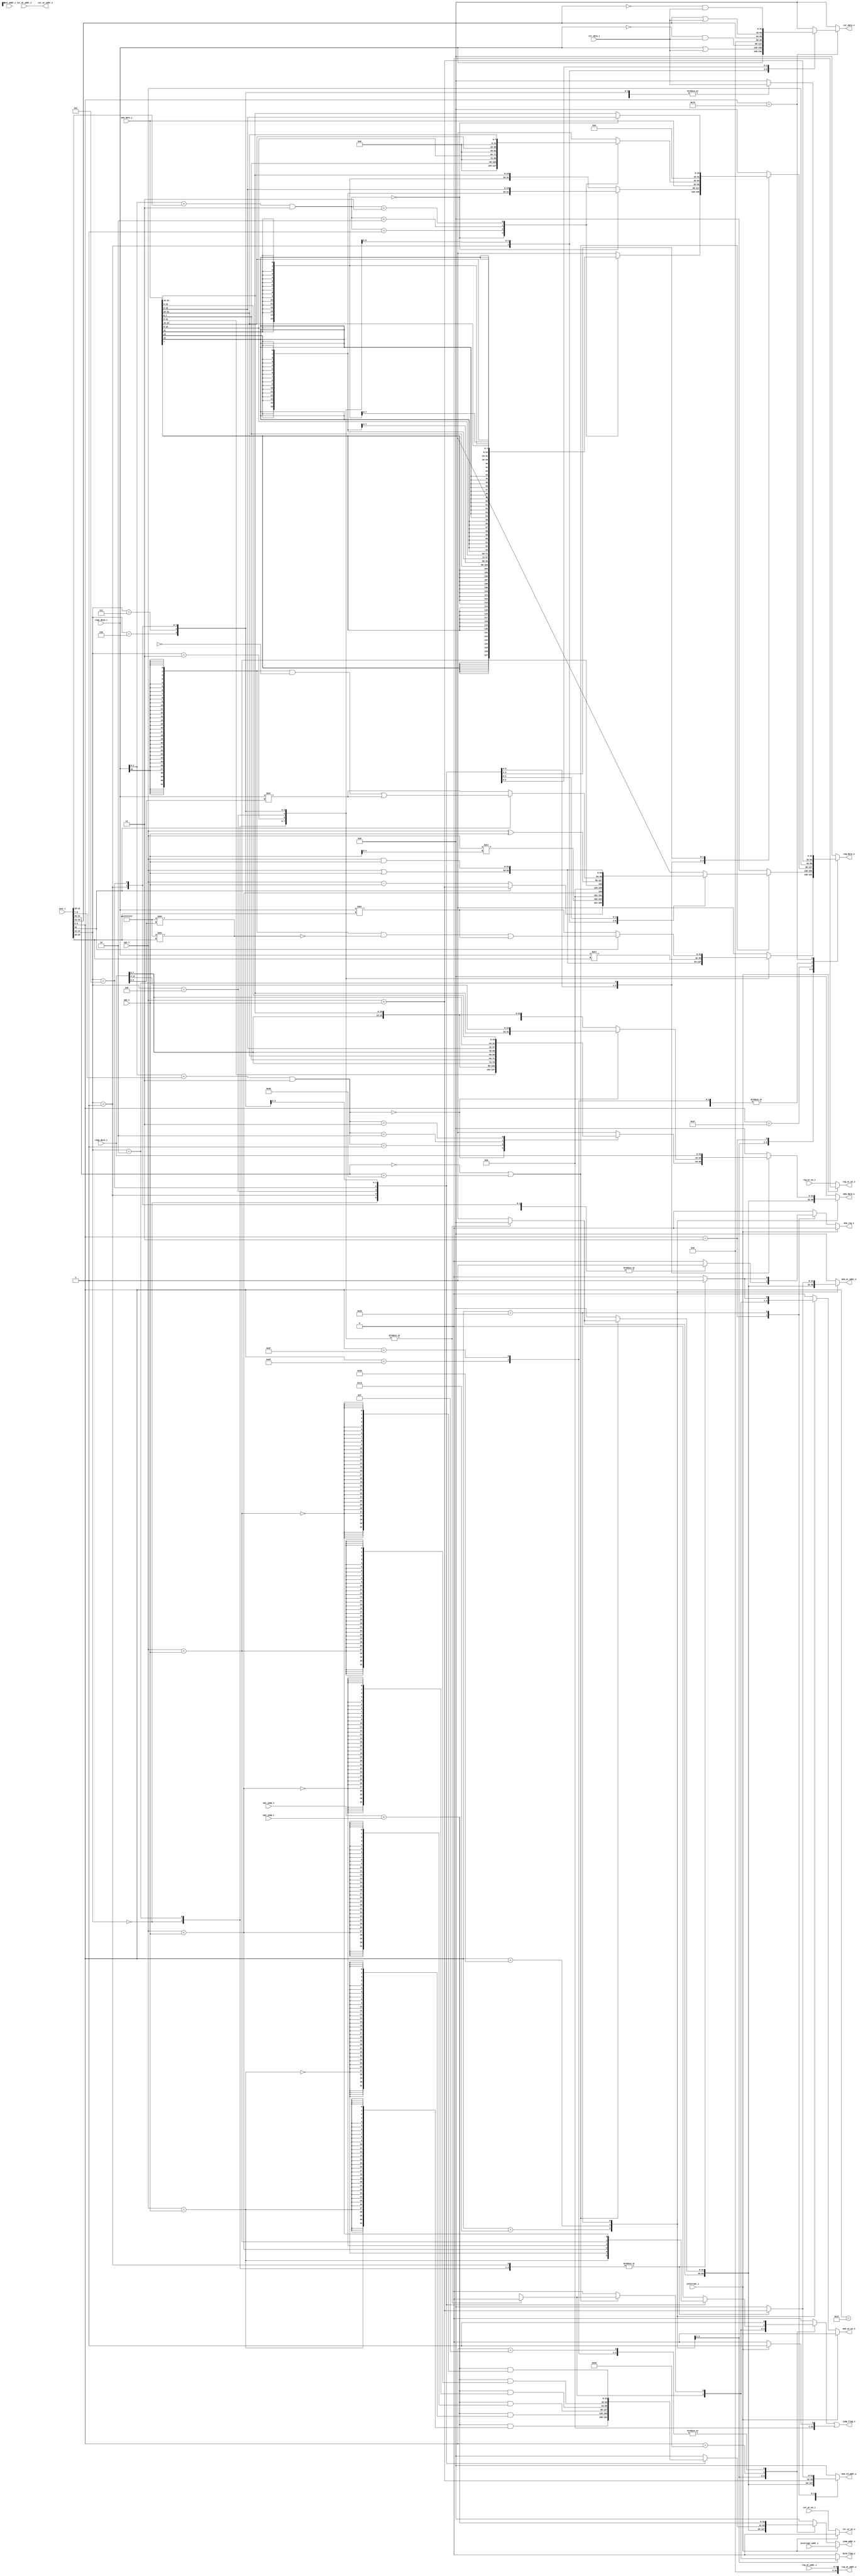
module execution(
input [31:0] op1_i,
input [31:0] op2_i,
input [31:0] op1_jump_i,
input [31:0] op2_jump_i, 
input [31:0] inst_i,
input [31:0] inst_addr_i,
input [31:0] reg1_data_i,
input [31:0] reg2_data_i,
input reg_wr_en_i,
input [4:0] reg_wr_addr_i,
input csr_wr_en_i,
input [31:0] csr_data_i,
input [31:0] csr_wr_addr_i,
input interrupt_i,
input [31:0] interrupt_addr_i,
input [31:0] mem_data_i,
output reg [31:0] mem_data_o,
output reg [31:0] mem_rd_addr_o,
output reg [31:0] mem_wr_addr_o,
output mem_wr_en_o,
output mem_req_o,
output reg [31:0] reg_data_o,
output reg_wr_en_o,
output [31:0] reg_wr_addr_o,
output reg [31:0] csr_data_o,
output csr_wr_en_o,
output [31:0] csr_wr_addr_o,
output reg hold_flag_o,
output jump_flag_o,
output [31:0] jump_addr_o
);

wire [6:0] opcode;
wire [4:0] rd ;
wire [2:0] funct3;
wire [4:0] uimm;
wire [6:0] funct7;
wire [31:0] op1_op2_sum;
wire [31:0] op1_op2_jump_sum;
reg mem_req;
reg jump_flag;
reg [31:0] jump_addr;
reg mem_wr_en;
//reg reg_wr_en;
wire [31:0] comparison_signed;
wire [31:0] comparison_unsigned;
wire [31:0] reg_shift;
wire [31:0] shift_mask;
wire [31:0] reg_shift_2;
wire [31:0] shift_mask_2;
wire [1:0]  mem_rd_addr_index;
wire [1:0]  mem_wr_addr_index;
wire op1_eq_op2;

assign opcode = inst_i[6:0];
assign rd = inst_i[11:7];
assign funct3 = inst_i[14:12];
assign uimm = inst_i[19:15];
assign funct7 = inst_i[31:25];
assign op1_op2_sum = op1_i + op2_i;
assign op1_op2_jump_sum = op1_jump_i + op2_jump_i;
assign reg_wr_addr_o = reg_wr_addr_i;
assign mem_req_o = (interrupt_i == 1) ? 0 : mem_req;
assign mem_wr_en_o = (interrupt_i == 1) ? 0 : mem_wr_en;
assign reg_wr_en_o = (interrupt_i == 1) ? 0 : reg_wr_en_i;
assign reg_wr_addr_o = reg_wr_addr_i;
assign comparison_signed = {31'b0, $signed(op1_i) < $signed(op2_i)};
assign comparison_unsigned = {31'b0, op1_i < op2_i};
assign reg_shift = reg1_data_i >> inst_i[24:20];
assign shift_mask = 32'hffffffff >> inst_i[24:20];
assign reg_shift_2 = reg1_data_i >> reg2_data_i[4:0];
assign shift_mask = 32'hffffffff >> reg2_data_i[4:0];
assign mem_rd_addr_index = (reg1_data_i + {{20{inst_i[31]}}, inst_i[31:20]}) & 2'b11;
assign mem_wr_addr_index = (reg1_data_i + {{20{inst_i[31]}}, inst_i[31:25],inst_i[11:7]}) & 2'b11;
assign op1_eq_op2 = (op1_i == op2_i);
assign csr_wr_en_o = (interrupt_i == 1) ? 0 : csr_wr_en_i;
assign csr_wr_addr_o = csr_wr_addr_i;
assign jump_flag_o = jump_flag || ((interrupt_i == 1) ? 1: 0);
assign jump_addr_o = (interrupt_i == 1) ? interrupt_addr_i : jump_addr;

always@(*) begin
	mem_req = 1'b0;
	csr_data_o = 0;
	
	case(opcode)
		7'b0010011:begin  //I type
			case(funct3)
				3'b000:begin //ADDI
					hold_flag_o = 0;
					jump_flag = 0;
					jump_addr = 0;
					mem_data_o = 0;
					mem_rd_addr_o = 0;
					mem_wr_addr_o = 0;
					mem_wr_en = 0;
					reg_data_o = op1_op2_sum;
				end
				3'b010:begin //SLTI
					hold_flag_o = 0;
					jump_flag = 0;
					jump_addr = 0;
					mem_data_o = 0;
					mem_rd_addr_o = 0;
					mem_wr_addr_o = 0;
					mem_wr_en = 0;
					reg_data_o = comparison_signed;
				end
				3'b011:begin //SLTIU
					hold_flag_o = 0;
					jump_flag = 0;
					jump_addr = 0;
					mem_data_o = 0;
					mem_rd_addr_o = 0;
					mem_wr_addr_o = 0;
					mem_wr_en = 0;
					reg_data_o = comparison_unsigned;
				end
				3'b100:begin //XORI
					hold_flag_o = 0;
					jump_flag = 0;
					jump_addr = 0;
					mem_data_o = 0;
					mem_rd_addr_o = 0;
					mem_wr_addr_o = 0;
					mem_wr_en = 0;
					reg_data_o = op1_i ^ op2_i;
				end
				3'b110:begin //ORI
					hold_flag_o = 0;
					jump_flag = 0;
					jump_addr = 0;
					mem_data_o = 0;
					mem_rd_addr_o = 0;
					mem_wr_addr_o = 0;
					mem_wr_en = 0;
					reg_data_o = op1_i | op2_i ;
				end
				3'b111:begin //ANDI
					hold_flag_o = 0;
					jump_flag = 0;
					jump_addr = 0;
					mem_data_o = 0;
					mem_rd_addr_o = 0;
					mem_wr_addr_o = 0;
					mem_wr_en = 0;
					reg_data_o = op1_i & op2_i;
				end
				3'b001:begin //SLLI
					hold_flag_o = 0;
					jump_flag = 0;
					jump_addr = 0;
					mem_data_o = 0;
					mem_rd_addr_o = 0;
					mem_wr_addr_o = 0;
					mem_wr_en = 0;
					reg_data_o = reg1_data_i << inst_i[24:20];
				end
				3'b101:begin//SRI
					hold_flag_o = 0;
					jump_flag = 0;
					jump_addr = 0;
					mem_data_o = 0;
					mem_rd_addr_o = 0;
					mem_wr_addr_o = 0;
					mem_wr_en = 0;
					if(inst_i[30] == 1'b0) begin //SRLI
						reg_data_o = reg1_data_i >> inst_i[24:20];		
				end else begin
						reg_data_o = ({32{reg1_data_i[31]}} & ~shift_mask ) | reg_shift;
				end		
				end
				default:begin
					hold_flag_o = 0;
					jump_flag = 0;
					jump_addr = 0;
					mem_data_o = 0;
					mem_rd_addr_o = 0;
					mem_wr_addr_o = 0;
					mem_wr_en = 0;
					reg_data_o = 0;				
				end
			endcase
		end
		
		7'b0110011:begin//R type
			if((funct7 == 7'b0000000) || (funct7 == 7'b0100000)) begin
				case(funct3)
					3'b000:begin
						hold_flag_o = 0;
						jump_flag = 0;
						jump_addr = 0;
						mem_data_o = 0;
						mem_rd_addr_o = 0;
						mem_wr_addr_o = 0;
						mem_wr_en = 0;
						if(inst_i[30] == 1'b1) begin  //ADD
							reg_data_o = op1_op2_sum;	
						end
						else begin
							reg_data_o = op1_i - op2_i;
						end
					end
					3'b001:begin //SLL
						hold_flag_o = 0;
						jump_flag = 0;
						jump_addr = 0;
						mem_data_o = 0;
						mem_rd_addr_o = 0;
						mem_wr_addr_o = 0;
						mem_wr_en = 0;
						reg_data_o = op1_i << op2_i[4:0];
					end
					3'b010:begin //SLT
						hold_flag_o = 0;
						jump_flag = 0;
						jump_addr = 0;
						mem_data_o = 0;
						mem_rd_addr_o = 0;
						mem_wr_addr_o = 0;
						mem_wr_en = 0;
						reg_data_o = comparison_signed;					
					end
					3'b011:begin //SLTU
						hold_flag_o = 0;
						jump_flag = 0;
						jump_addr = 0;
						mem_data_o = 0;
						mem_rd_addr_o = 0;
						mem_wr_addr_o = 0;
						mem_wr_en = 0;
						reg_data_o = comparison_unsigned;	
					end
					3'b100:begin //XOR
						hold_flag_o = 0;
						jump_flag = 0;
						jump_addr = 0;
						mem_data_o = 0;
						mem_rd_addr_o = 0;
						mem_wr_addr_o = 0;
						mem_wr_en = 0;
						reg_data_o = op1_i ^ op2_i;					
					end
					3'b101:begin //SR
						hold_flag_o = 0;
						jump_flag = 0;
						jump_addr = 0;
						mem_data_o = 0;
						mem_rd_addr_o = 0;
						mem_wr_addr_o = 0;
						mem_wr_en = 0;
						if(inst_i[30] == 1'b0) begin //SRL
							reg_data_o = reg1_data_i >> reg2_data_i[4:0];		
						end else begin //SRA
							reg_data_o = ({32{reg1_data_i[31]}} & ~shift_mask_2 ) | reg_shift_2;
						end
					end
					3'b110:begin //OR
						hold_flag_o = 0;
						jump_flag = 0;
						jump_addr = 0;
						mem_data_o = 0;
						mem_rd_addr_o = 0;
						mem_wr_addr_o = 0;
						mem_wr_en = 0;
						reg_data_o = op1_i | op2_i;
					end
					3'b111:begin //AND
						hold_flag_o = 0;
						jump_flag = 0;
						jump_addr = 0;
						mem_data_o = 0;
						mem_rd_addr_o = 0;
						mem_wr_addr_o = 0;
						mem_wr_en = 0;
						reg_data_o = op1_i & op2_i;
					end
					default:begin
						hold_flag_o = 0;
						jump_flag = 0;
						jump_addr = 0;
						mem_data_o = 0;
						mem_rd_addr_o = 0;
						mem_wr_addr_o = 0;
						mem_wr_en = 0;
						reg_data_o = 0;
					end
				endcase
			end else begin
						hold_flag_o = 0;
						jump_flag = 0;
						jump_addr = 0;
						mem_data_o = 0;
						mem_rd_addr_o = 0;
						mem_wr_addr_o = 0;
						mem_wr_en = 0;
						reg_data_o = 0;
			end
		end
		
		7'b0000011:begin//load
			case(funct3)
				3'b000:begin //LB
					hold_flag_o = 0;
					jump_flag = 0;
					jump_addr = 0;
					mem_data_o = 0;
					mem_rd_addr_o = op1_op2_sum;
					mem_wr_addr_o = 0;
					mem_wr_en = 0;
					mem_req = 1;
					case(mem_rd_addr_index)
						2'b00:begin
							reg_data_o = {{24{mem_data_i[7]}},mem_data_i[7:0]};
						end
						2'b01:begin
							reg_data_o = {{24{mem_data_i[15]}},mem_data_i[15:8]};
						end
						2'b10:begin
							reg_data_o = {{24{mem_data_i[23]}},mem_data_i[23:16]};
						end
						2'b11:begin
							reg_data_o = {{24{mem_data_i[31]}},mem_data_i[31:24]};
						end					
					endcase
				end
				3'b001:begin  //LH
					hold_flag_o = 0;
					jump_flag = 0;
					jump_addr = 0;
					mem_data_o = 0;
					mem_rd_addr_o = op1_op2_sum;
					mem_wr_addr_o = 0;
					mem_wr_en = 0;
					mem_req = 1;
					if(mem_rd_addr_index == 2'b0) begin
						reg_data_o = {{16{mem_data_i[15]}},mem_data_i[15:0]};
					end else begin
						reg_data_o = {{16{mem_data_i[31]}},mem_data_i[31:16]};
					end
				end
				3'b010:begin //LW
					hold_flag_o = 0;
					jump_flag = 0;
					jump_addr = 0;
					mem_data_o = 0;
					mem_rd_addr_o = op1_op2_sum;
					mem_wr_addr_o = 0;
					mem_wr_en = 0;
					mem_req = 1;
					reg_data_o = mem_data_i;
				end
				3'b100:begin //LBU
					hold_flag_o = 0;
					jump_flag = 0;
					jump_addr = 0;
					mem_data_o = 0;
					mem_rd_addr_o = op1_op2_sum;
					mem_wr_addr_o = 0;
					mem_wr_en = 0;
					mem_req = 1;
					case(mem_rd_addr_index)
						2'b00:begin
							reg_data_o = {24'b0,mem_data_i[7:0]};
						end
						2'b01:begin
							reg_data_o = {24'b0,mem_data_i[15:8]};
						end
						2'b10:begin
							reg_data_o = {24'b0,mem_data_i[23:16]};
						end
						2'b11:begin
							reg_data_o = {24'b0,mem_data_i[31:24]};
						end					
					endcase
				end
				3'b101:begin //LHU
					hold_flag_o = 0;
					jump_flag = 0;
					jump_addr = 0;
					mem_data_o = 0;
					mem_rd_addr_o = op1_op2_sum;
					mem_wr_addr_o = 0;
					mem_wr_en = 0;
					mem_req = 1;
					if(mem_rd_addr_index == 2'b0) begin
						reg_data_o = {16'b0,mem_data_i[15:0]};
					end else begin
						reg_data_o = {16'b0,mem_data_i[31:16]};
					end
				end
				default:begin
					hold_flag_o = 0;
					jump_flag = 0;
					jump_addr = 0;
					mem_data_o = 0;
					mem_rd_addr_o = op1_op2_sum;
					mem_wr_addr_o = 0;
					mem_wr_en = 0;
					reg_data_o = 0;
				end
			endcase
		end
		7'b0100011:begin //store
			case(funct3)
				3'b000:begin //SB
					hold_flag_o = 0;
					jump_flag = 0;
					jump_addr = 0;
					reg_data_o = 0;
					mem_wr_addr_o = op1_op2_sum;
					mem_rd_addr_o = op1_op2_sum;
					mem_wr_en = 1;
					mem_req = 1;
					case(mem_wr_addr_index)
						2'b00:begin
							mem_data_o = {mem_data_i[31:8],reg2_data_i[7:0]};
						end
						2'b01:begin
							mem_data_o = {mem_data_i[31:16],reg2_data_i[7:0],mem_data_i[7:0]};
						end
						2'b10:begin
							mem_data_o  = {mem_data_i[31:24],reg2_data_i[7:0],mem_data_i[15:0]};
						end
						2'b11:begin
							mem_data_o  = {reg2_data_i[7:0],mem_data_i[23:0]};
						end					
					endcase
				end
				3'b001:begin //SH
					hold_flag_o = 0;
					jump_flag = 0;
					jump_addr = 0;
					reg_data_o = 0;
					mem_wr_addr_o = op1_op2_sum;
					mem_rd_addr_o = op1_op2_sum;
					mem_wr_en = 1;
					mem_req = 1;
					if (mem_wr_addr_index == 2'b00) begin
						mem_data_o = {mem_data_i[31:16], reg2_data_i[15:0]};
					end else begin
						mem_data_o = {reg2_data_i[15:0], mem_data_i[31:16]};
					end
				end
				3'b010:begin //SW
					hold_flag_o = 0;
					jump_flag = 0;
					jump_addr = 0;
					reg_data_o = 0;
					mem_wr_addr_o = op1_op2_sum;
					mem_rd_addr_o = op1_op2_sum;
					mem_wr_en = 1;
					mem_req = 1;
					mem_data_o = reg2_data_i;
				end
				default:begin
					hold_flag_o = 0;
					jump_flag = 0;
					jump_addr = 0;
					mem_data_o = 0;
					mem_rd_addr_o = 0;
					mem_wr_addr_o = 0;
					mem_wr_en = 0;
					reg_data_o = 0;
				end
			endcase
		end
		7'b1100011:begin //Branch type
			case(funct3)
				3'b000:begin //BEQ
					hold_flag_o = 0;
					jump_flag = op1_eq_op2;
					jump_addr = op1_op2_jump_sum & {32{op1_eq_op2}};
					mem_data_o = 0;
					mem_rd_addr_o = 0;
					mem_wr_addr_o = 0;
					mem_wr_en = 0;
					reg_data_o = 0;
				end
				3'b001:begin //BNE
					hold_flag_o = 0;
					jump_flag = ~op1_eq_op2;
					jump_addr = op1_op2_jump_sum & {32{~op1_eq_op2}};
					mem_data_o = 0;
					mem_rd_addr_o = 0;
					mem_wr_addr_o = 0;
					mem_wr_en = 0;
					reg_data_o = 0;
				end
				3'b100:begin //BLT
					hold_flag_o = 0;
					jump_flag = comparison_signed[0];
					jump_addr = op1_op2_jump_sum & {32{comparison_signed[0]}};
					mem_data_o = 0;
					mem_rd_addr_o = 0;
					mem_wr_addr_o = 0;
					mem_wr_en = 0;
					reg_data_o = 0;
				end
				3'b101:begin //BGE
					hold_flag_o = 0;
					jump_flag = ~comparison_signed[0];
					jump_addr = op1_op2_jump_sum & {32{~comparison_signed[0]}};
					mem_data_o = 0;
					mem_rd_addr_o = 0;
					mem_wr_addr_o = 0;
					mem_wr_en = 0;
					reg_data_o = 0;
				end
				3'b110:begin //BLTU
					hold_flag_o = 0;
					jump_flag = comparison_unsigned[0];
					jump_addr = op1_op2_jump_sum & {32{comparison_unsigned[0]}};
					mem_data_o = 0;
					mem_rd_addr_o = 0;
					mem_wr_addr_o = 0;
					mem_wr_en = 0;
					reg_data_o = 0;
				end
				3'b111:begin //BGEU
					hold_flag_o = 0;
					jump_flag = ~comparison_unsigned[0];
					jump_addr = op1_op2_jump_sum & {32{~comparison_unsigned[0]}};
					mem_data_o = 0;
					mem_rd_addr_o = 0;
					mem_wr_addr_o = 0;
					mem_wr_en = 0;
					reg_data_o = 0;
				end
				default:begin
					hold_flag_o = 0;
					jump_flag = 0;
					jump_addr = 0;
					mem_data_o = 0;
					mem_rd_addr_o = 0;
					mem_wr_addr_o = 0;
					mem_wr_en = 0;
					reg_data_o = 0;
				end
			endcase
		end
		
		7'b1101111:begin //JAL
			hold_flag_o = 0;
			jump_flag = 1;
			jump_addr = op1_op2_jump_sum;
			mem_data_o = 0;
			mem_rd_addr_o = 0;
			mem_wr_addr_o = 0;
			mem_wr_en = 0;
			reg_data_o = op1_op2_sum;
		end
		7'b1100111:begin //JALR
			hold_flag_o = 0;
			jump_flag = 1;
			jump_addr = op1_op2_jump_sum;
			mem_data_o = 0;
			mem_rd_addr_o = 0;
			mem_wr_addr_o = 0;
			mem_wr_en = 0;
			reg_data_o = op1_op2_sum;
		end
		7'b0110111:begin//LUI
			hold_flag_o = 0;
			jump_flag = 0;
			jump_addr = 0;
			mem_data_o = 0;
			mem_rd_addr_o = 0;
			mem_wr_addr_o = 0;
			mem_wr_en = 0;
			reg_data_o = op1_i;
		end
		7'b0010111:begin//AUIPC
			hold_flag_o = 0;
			jump_flag = 0;
			jump_addr = 0;
			mem_data_o = 0;
			mem_rd_addr_o = 0;
			mem_wr_addr_o = 0;
			mem_wr_en = 0;
			reg_data_o = op1_op2_sum;
		end
		7'b0000001:begin//NOP
			hold_flag_o = 0;
			jump_flag = 0;
			jump_addr = 0;
			mem_data_o = 0;
			mem_rd_addr_o = 0;
			mem_wr_addr_o = 0;
			mem_wr_en = 0;
			reg_data_o = 0;
		end
		7'b0001111:begin//FENCE
			hold_flag_o = 0;
			jump_flag = 1;
			jump_addr = op1_op2_jump_sum;
			mem_data_o = 0;
			mem_rd_addr_o = 0;
			mem_wr_addr_o = 0;
			mem_wr_en = 0;
			reg_data_o = 0;
		end
		7'b1110011:begin//CSR
			hold_flag_o = 0;
			jump_flag = 0;
			jump_addr = 0;
			mem_data_o = 0;
			mem_rd_addr_o = 0;
			mem_wr_addr_o = 0;
			mem_wr_en = 0;
			case(funct3)
				3'b001:begin//CSRRW
					reg_data_o = csr_data_i;
					csr_data_o = reg1_data_i;
				end
				3'b010:begin//CSRRS
					reg_data_o = csr_data_i; 
					csr_data_o = reg1_data_i | csr_data_i;
				end
				3'b011:begin//CSRRC
					reg_data_o = csr_data_i; 
					csr_data_o = (~reg1_data_i) & csr_data_i;
				end
				3'b101:begin//CSRRWI
					reg_data_o = csr_data_i; 
					csr_data_o = {27'b0,uimm};
				end
				3'b110:begin//CSRRSI
					reg_data_o = csr_data_i; 
					csr_data_o = {27'b0,uimm} | csr_data_i;
				end
				3'b111:begin//CSRRCI
					reg_data_o = csr_data_i; 
					csr_data_o = (~{27'b0,uimm}) & csr_data_i;
				end
				default:begin
					reg_data_o = 0;
				end
			endcase
		end
		default:begin
			hold_flag_o = 0;
			jump_flag = 0;
			jump_addr = 0;
			mem_data_o = 0;
			mem_rd_addr_o = 0;
			mem_wr_addr_o = 0;
			mem_wr_en = 0;
			reg_data_o = 0;
		end
	endcase
	
end

endmodule